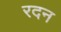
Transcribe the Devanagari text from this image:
रदन